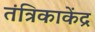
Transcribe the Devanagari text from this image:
तंत्रिकाकेंद्र